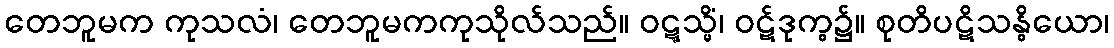
တေဘူမက ကုသလံ၊ တေဘူမကကုသိုလ်သည်။ ဝဋ္ဋသ္မိံ၊ ဝဋ်ဒုက္ဓ၌။ စုတိပဋိသန္ဓိယော၊